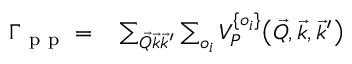
\begin{array} { r l } { \Gamma _ { \mathrm { ~ p ~ p ~ } } = } & { { } \sum _ { \vec { Q } \vec { k } \vec { k } ^ { \prime } } \sum _ { o _ { i } } V _ { P } ^ { \{ o _ { i } \} } \big ( \vec { Q } , \vec { k } , \vec { k } ^ { \prime } \big ) } \end{array}